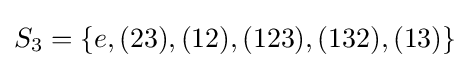
S_{3}=\{e,(23),(12),(123),(132),(13)\}